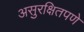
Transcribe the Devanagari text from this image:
असुरक्षितपणे